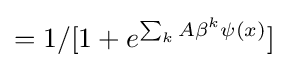
=1/[1+e^{\sum _{k}A\beta ^{k}\psi (x)}]